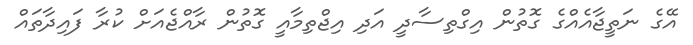
އޭގެ ނަތީޖާއެއްގެ ގޮތުން އިގްތިސާދީ އަދި އިޖްތިމާއީ ގޮތުން ރާއްޖެއަށް ކުރާ ފައިދާތައް